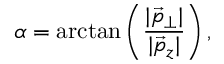
\alpha = \arctan \left( \frac { | \vec { p } _ { \perp } | } { | \vec { p } _ { z } | } \right) ,